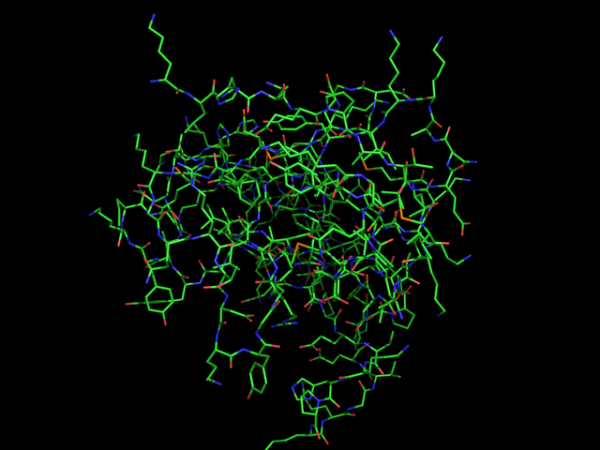
pymol, lines